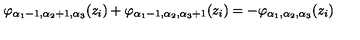
\varphi _ { \alpha _ { 1 } - 1 , \alpha _ { 2 } + 1 , \alpha _ { 3 } } ( z _ { i } ) + \varphi _ { \alpha _ { 1 } - 1 , \alpha _ { 2 } , \alpha _ { 3 } + 1 } ( z _ { i } ) = - \varphi _ { \alpha _ { 1 } , \alpha _ { 2 } , \alpha _ { 3 } } ( z _ { i } )